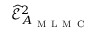
\widehat { \mathcal { E } } _ { A _ { \mathrm { ~ M ~ L ~ M ~ C ~ } } } ^ { 2 }